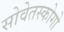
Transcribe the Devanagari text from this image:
सोवेतस्कोगो